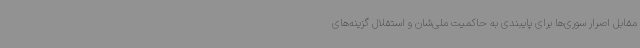
مقابل اصرار سوری‌ها برای پایبندی به حاکمیت ملی‌شان و استقلال گزینه‌های